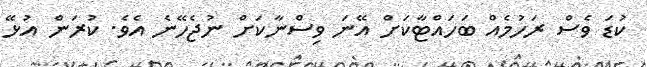
ކުޑަ ވެސް ރަހުމެއް ބަހައްޓާކަށް އޭނަ ވިސްނާކަށް ނުޖެހޭނެ އެވެ. ކުރަން އުޅޭ